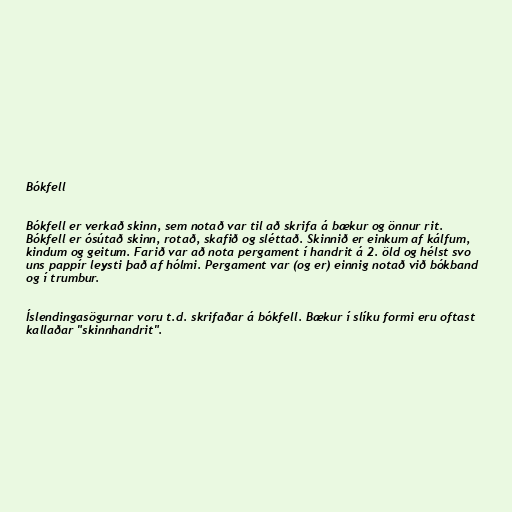
Bókfell

Bókfell er verkað skinn, sem notað var til að skrifa á bækur og önnur rit.
Bókfell er ósútað skinn, rotað, skafið og sléttað. Skinnið er einkum af kálfum,
kindum og geitum. Farið var að nota pergament í handrit á 2. öld og hélst svo
uns pappír leysti það af hólmi. Pergament var (og er) einnig notað við bókband
og í trumbur.

Íslendingasögurnar voru t.d. skrifaðar á bókfell. Bækur í slíku formi eru oftast
kallaðar "skinnhandrit".